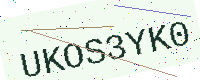
Text: UKOS3YK0